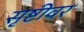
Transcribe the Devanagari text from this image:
सृष्टीवर